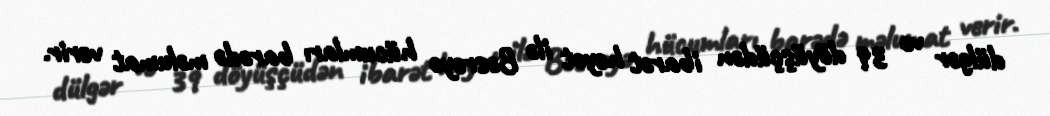
dülgər və 39 döyüşçüdən ibarət heyət ilə Bəsrəyə hücumları barədə məlumat verir.